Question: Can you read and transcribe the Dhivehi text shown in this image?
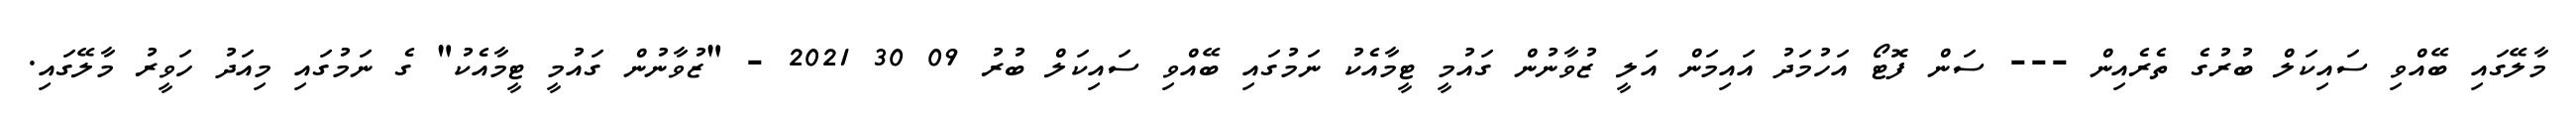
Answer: މާލޭގައި ބޭއްވި ސައިކަލް ބުރުގެ ތެރެއިން --- ސަން ފޮޓޯ އަހުމަދު އައިމަން އަލީ ޒުވާނުން ގައުމީ ޓީމާއެކު ނަމުގައި ބޭއްވި ސައިކަލް ބުރު 09 30 2021 - "ޒުވާނުން ގައުމީ ޓީމާއެކު" ގެ ނަމުގައި މިއަދު ހަވީރު މާލޭގައި.